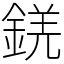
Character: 錓